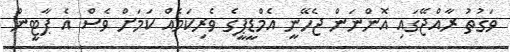
ވަގުތު ރާއްޖޭގައި އޮންނަން ޖެހޭނީ އެމްޑީޕީގެ ވެރިކަމެއް ކަމަށް ވެސް އެ ޕާޓީން